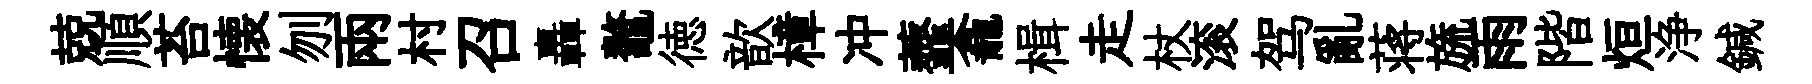
兢順苔懐刎兩村召轟鼇徳歆樟冲虀龕楫走杖滚驾亂蒋旒雨階烜浄鍼